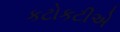
કટોકટીએ